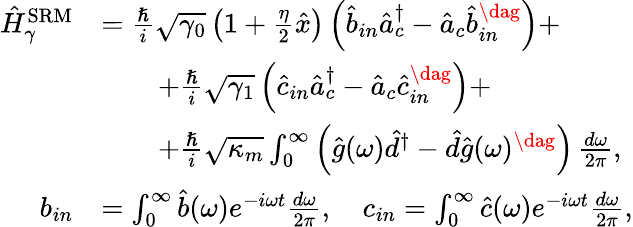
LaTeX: \begin{array}{rl}{\hat{H}_{\gamma}^{\mathrm{SRM}}}&{=\frac{\hslash}{i}\sqrt{\gamma_{0}}\left(1+\frac{\eta}{2}\hat{x}\right)\left(\hat{b}_{in}\hat{a}_{c}^{\dagger}-\hat{a}_{c}\hat{b}_{in}^{\dag}\right)+}\\ &{\qquad+\frac{\hslash}{i}\sqrt{\gamma_{1}}\left(\hat{c}_{in}\hat{a}_{c}^{\dagger}-\hat{a}_{c}\hat{c}_{in}^{\dag}\right)+}\\ &{\qquad+\frac{\hslash}{i}\sqrt{\kappa_{m}}\int_{0}^{\infty}\left(\hat{g}(\omega)\hat{d}^{\dagger}-\hat{d}\hat{g}(\omega)^{\dag}\right)\, \frac{d\omega}{2\pi},}\\ {b_{in}}&{=\int_{0}^{\infty}\hat{b}(\omega)e^{-i\omega t}\frac{d\omega}{2\pi},\quad c_{in}=\int_{0}^{\infty}\hat{c}(\omega)e^{-i\omega t}\frac{d\omega}{2\pi},}\end{array}